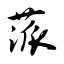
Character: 蒎